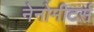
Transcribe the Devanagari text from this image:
नेनोमीटर्स